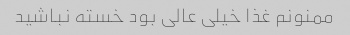
ممنونم غذا خیلی عالی بود خسته نباشید